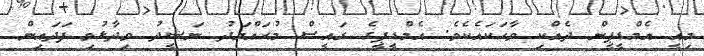
މިއީ އެމްޑީޕީން ދެއްކި ވާހަކައެކެވެ. އެމްޑީޕީގެ ރައީސް މުޙައްމަދު ނަޝީދު ވިދާޅުވި ފަދައިން